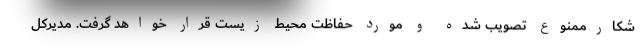
شکارممنوع تصویب شده و مورد حفاظت محیط زیست قرار خواهد گرفت. مدیرکل